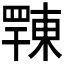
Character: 𢆦